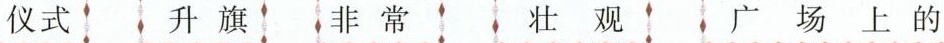
仪式 升旗 非常 壮观 广场上的